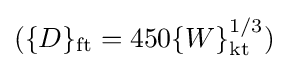
(\{D\}_{\mathrm {ft} }=450\{W\}_{\mathrm {kt} }^{1/3})